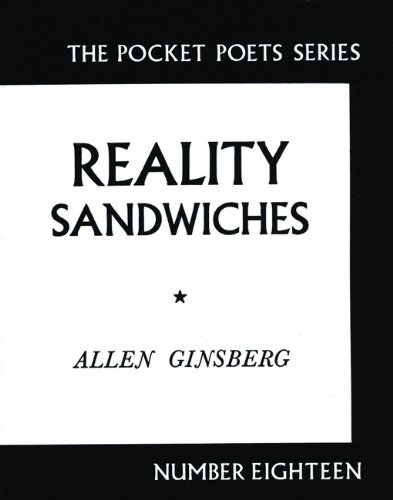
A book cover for Reality Sandwiches: 1953-1960 (City Lights Pocket Poets Series); Allen Ginsberg; Gay & Lesbian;